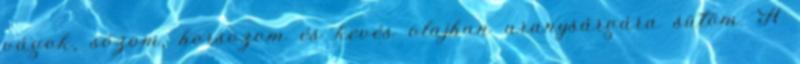
vágok, sózom, borsozom és kevés olajban aranysárgára sütöm. A